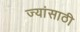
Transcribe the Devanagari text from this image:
ज्यांसाठी